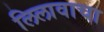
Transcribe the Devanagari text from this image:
लिलावाचा